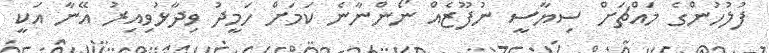
ފުލުހުންގެ މައްޗަށް ސިޔާސީ ނުފޫޒެއް ނޯންނާނެ ކަމަށް ހަމީދު ވިދާޅުވިއިރު އޭނާ އަކީ